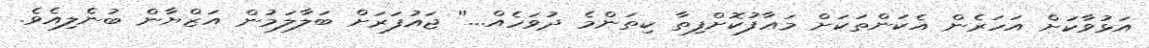
އަޅުވާކަށް އަހަރެން އެކަންތަކަށް މަޢާފުކޮށްފިތާ ކިތަންމެ ދުވަހެއް...'' ޖައުފަރަށް ބަލާލަމުން އަޒްޔާން ބުނެލިއެވެ.